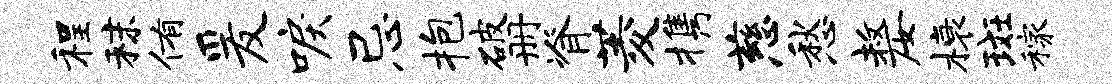
程秣侑爰唳忌抱破册脊菱携慈愁嫠榱斑稼